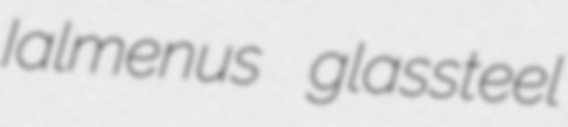
Ialmenus glassteel